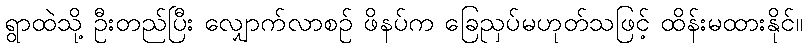
ရွာထဲသို့ ဦးတည်ပြီး လျှောက်လာစဉ် ဖိနပ်က ခြေညှပ်မဟုတ်သဖြင့် ထိန်းမထားနိုင်။